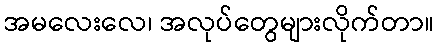
အမလေးလေ၊ အလုပ်တွေများလိုက်တာ။